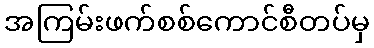
အကြမ်းဖက်စစ်ကောင်စီတပ်မှ